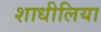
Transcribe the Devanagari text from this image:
शाधीलिया